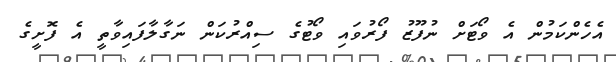
އެހެންކަމުން އެ ވޯޓަށް ނުފޫޒު ފޯރުވައި ވޯޓުގެ ސިއްރުކަން ނަގާލާފައިވާތީ އެ ފޮށީގެ